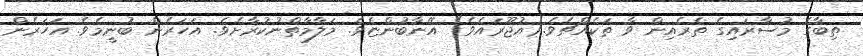
ތިބާގެ މުސާރައިގެ ތެރެއިން ވާ ތަކެއްޗެވެ.(އުޖޫރައެވެ) އޭނާބުންޏެވެ. މަލާމާތްނުކުރާށެވެ. އަހަރެން ބުނީމެވެ. އަހަރެން